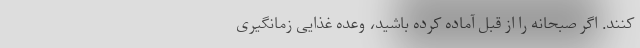
کنند. اگر صبحانه را از قبل آماده کرده باشید، وعده غذایی زمانگیری